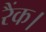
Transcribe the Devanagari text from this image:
रैंक।